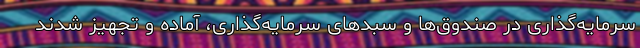
سرمایه‌گذاری در صندوق‌ها و سبدهای سرمایه‌گذاری، آماده و تجهیز شدند